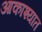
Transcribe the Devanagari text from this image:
आकाश्यात